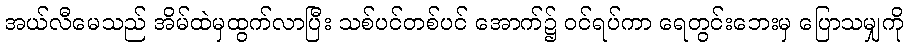
အယ်လီမေသည် အိမ်ထဲမှထွက်လာပြီး သစ်ပင်တစ်ပင် အောက်၌ ဝင်ရပ်ကာ ရေတွင်းဘေးမှ ပြောသမျှကို